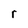
Character: r